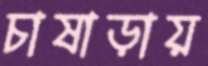
চাষাড়ায়